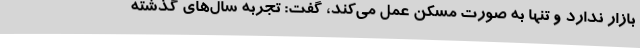
بازار ندارد و تنها به صورت مسکن عمل می‌کند، گفت: تجربه سال‌های گذشته